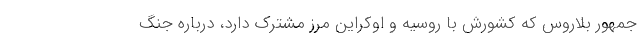
‌جمهور بلاروس که کشورش با روسیه و اوکراین مرز مشترک دارد، درباره جنگ